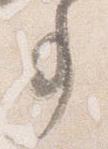
事